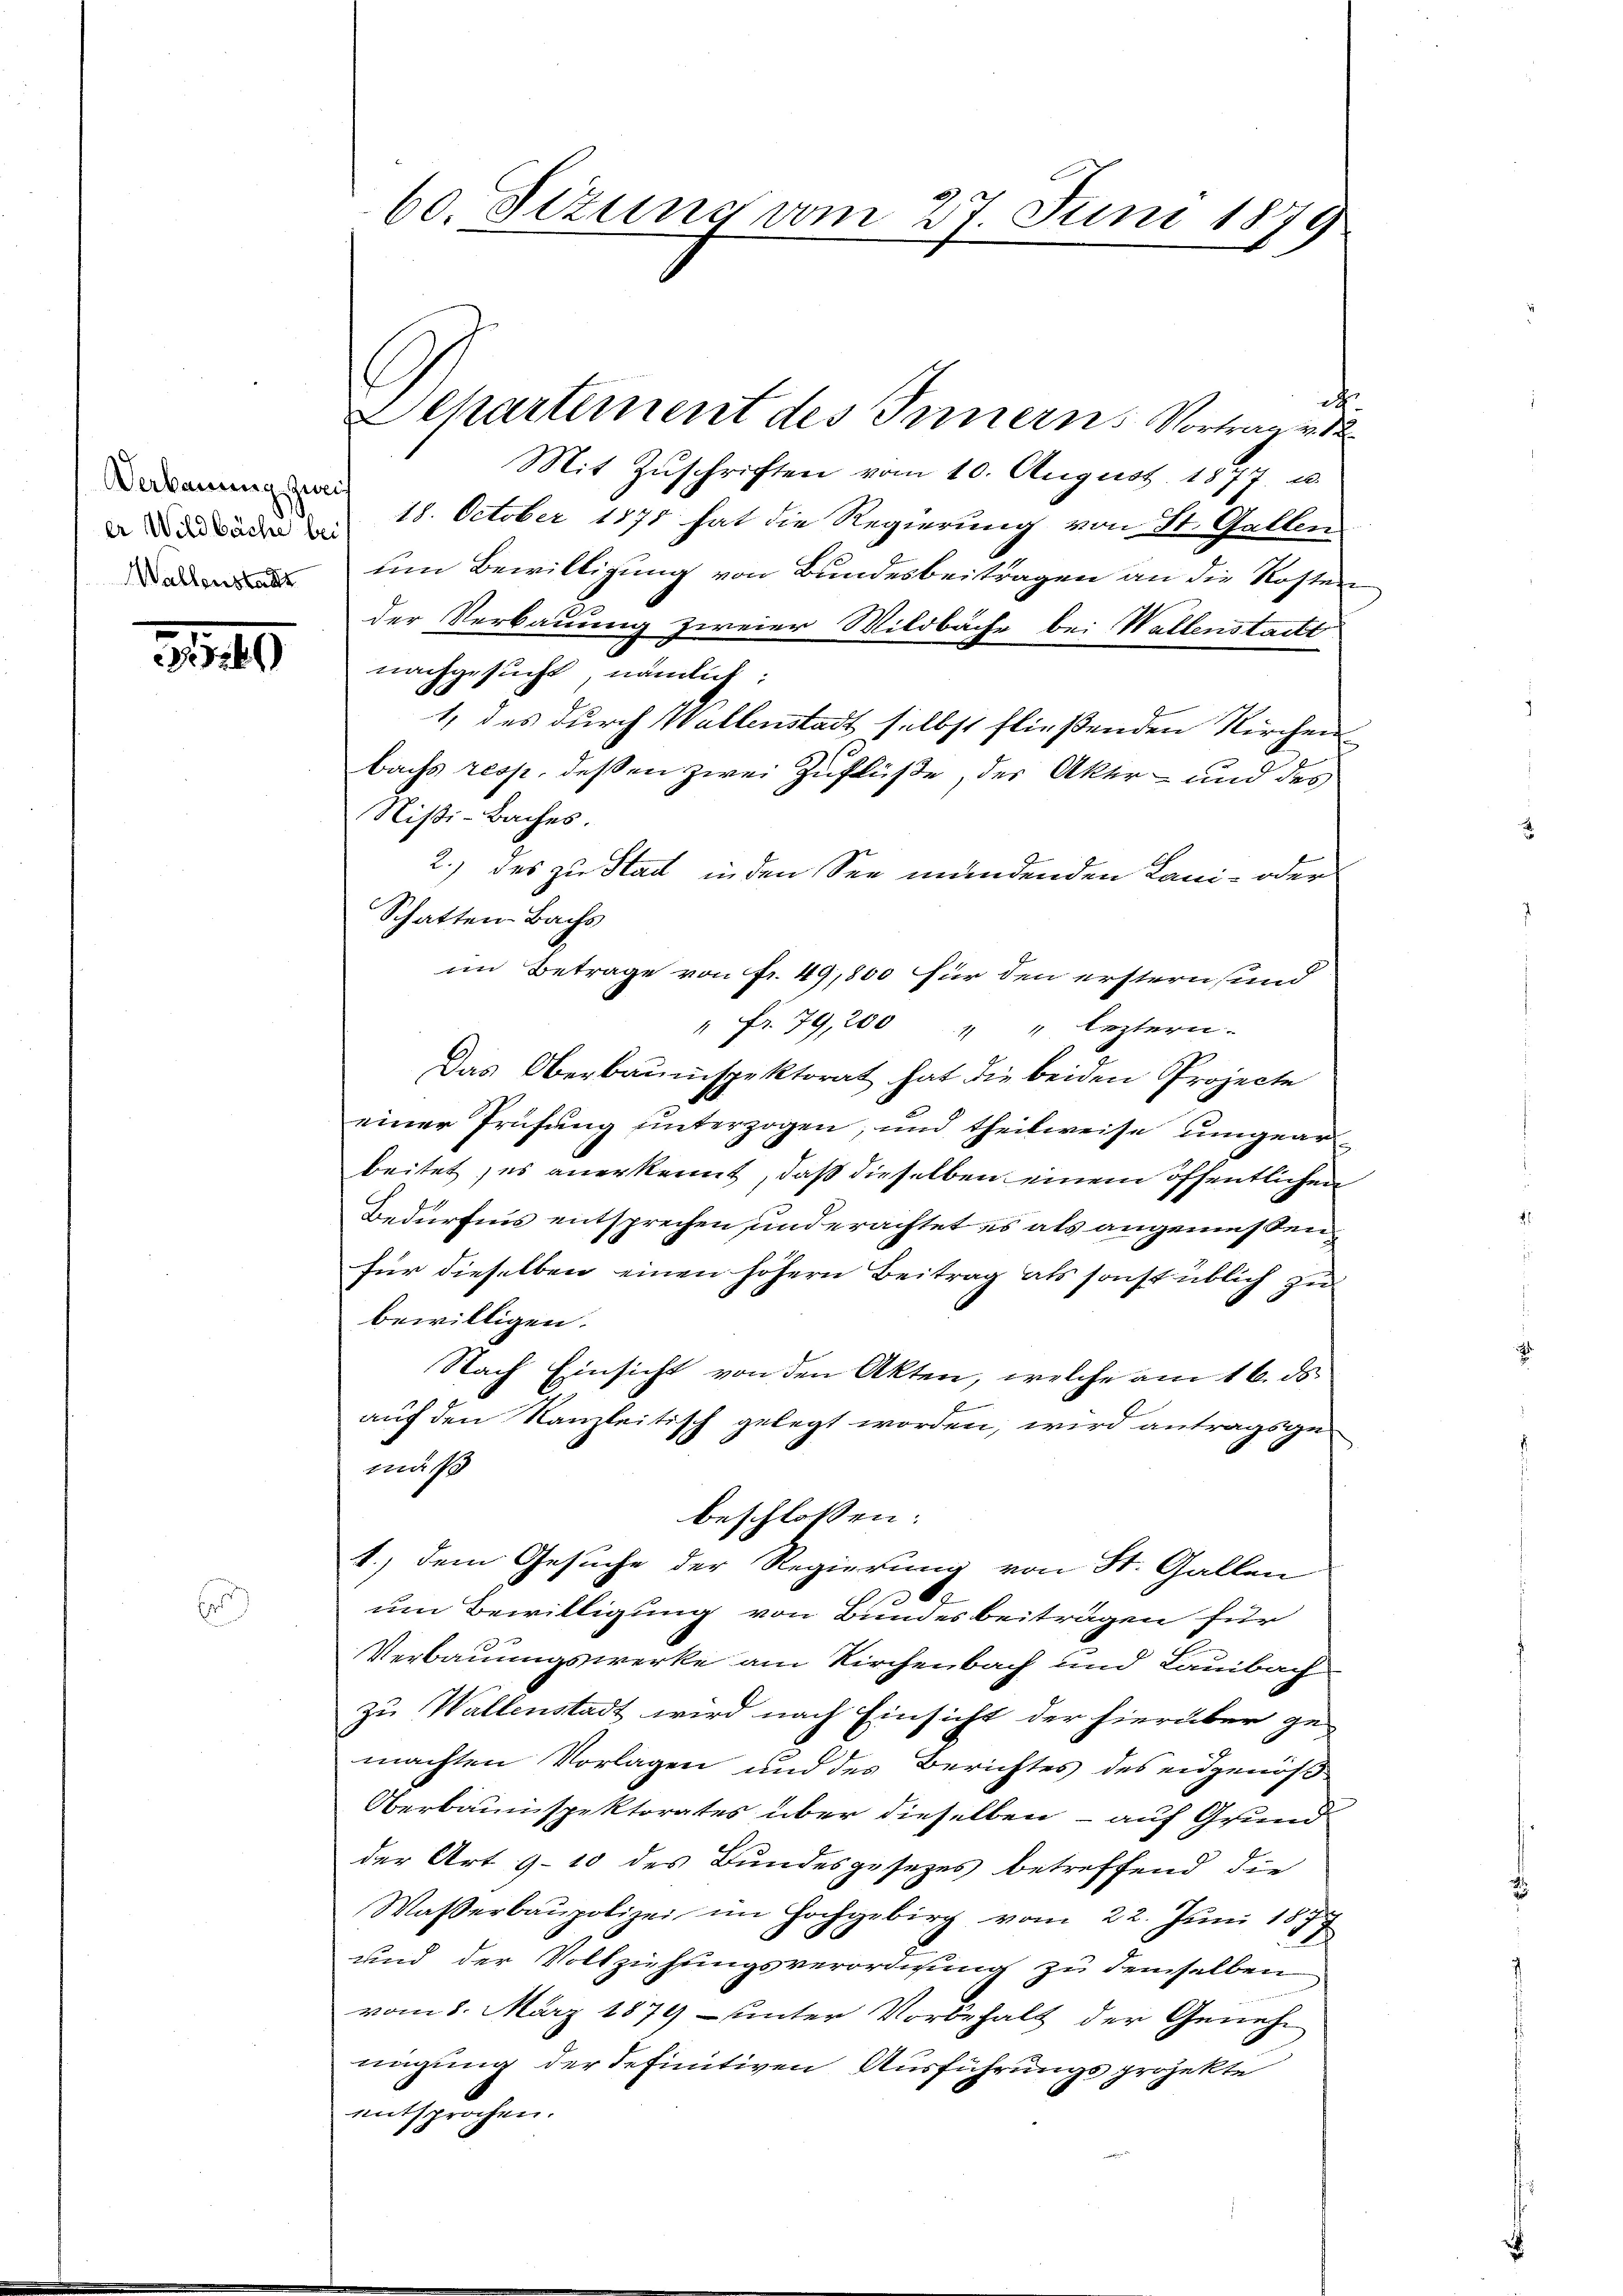
Verkanung zweif
Wallenstadts

320

E

ih
Departement des Innern Vortrag v. 1
Mit Zŭschriften vom 10. August 1877 u.
 18. October 1871 hat die Regierung von St. Gallen
um Bewilligung von Bundesbeitragen an die Kosten
der Verbauung zweier Wildbäche bei Wallenstatt
nachgesucht, nämlich:
1, des durch Wallenstadt selbst fließenden Kirchen
bachs rest, deßen zwei Zuflüße, der Aker- und des
Nißi-Baches.
2.) des zu Stadt in den See mündenden Lani- oder
Schatten-Bachs
im Betrage von Fr. 49,800 für den erstern sind
" fr. 79, 200 " " leztern.
Das Oberbauinspektorat hat die beiden Projecte
einer Prüfung unterzogen, und theilweise umgearbeitet, es anerkennt, daß dieselben einem öffentlichen
Bedürfnis entsprechen, und erachtet es als angemessenfür dieselben einen höhern Beitrag als sonst üblich zu
bewilligen.
Nach Einsicht von den Akten, welche am 16. ds.
auf den Kanzleitisch gelegt worden, wird antragsgemäß
beschlossen:
1.) Dem Gesuche der Regierung von St. Gallen
um Bewilligung von Bundesbeitragen für
Verbauungswerke am Kirchenbach und Lauibach
zu Wallenstadt wird nach Einsicht der hierüber ge-
machten Vorlagen und des Berichtes des eidgenöß
Oberbauinspektorates über dieselben – auf Grundder Art 9-10 des Bundesgesezes betreffend die
Wasserbaupolizei im Hochgebirg vom 22. Juni 189
und der Vollziehungsverordnung zu demselben
vom 8. März 1879 - unter Vorbehalt der Geneheinigung der definitiven Ausführungsprojekte
entsprochen.

60. Sizung vom 27. Juni 1879